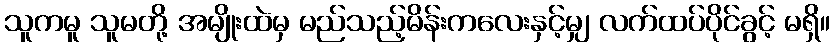
သူကမူ သူမတို့ အမျိုးထဲမှ မည်သည့်မိန်းကလေးနှင့်မျှ လက်ထပ်ပိုင်ခွင့် မရှိ။